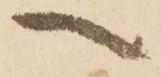
へ